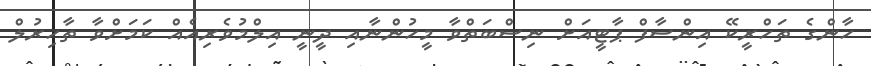
ހާންގެ ތަހްރީކޭ އިންސާފް ޕާޓީއަށް ނިސްބަތްވާ މީހުންނާއި ދީނީ އިލްމުވެރިއެއް ކަމަށްވާ ތާހިރުލް